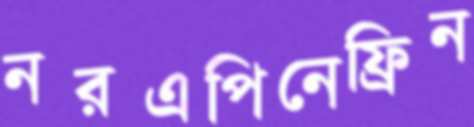
নরএপিনেফ্রিন